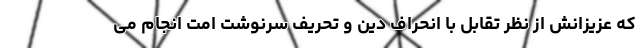
که عزیزانش از نظر تقابل با انحراف دین و تحریف سرنوشت امت انجام می